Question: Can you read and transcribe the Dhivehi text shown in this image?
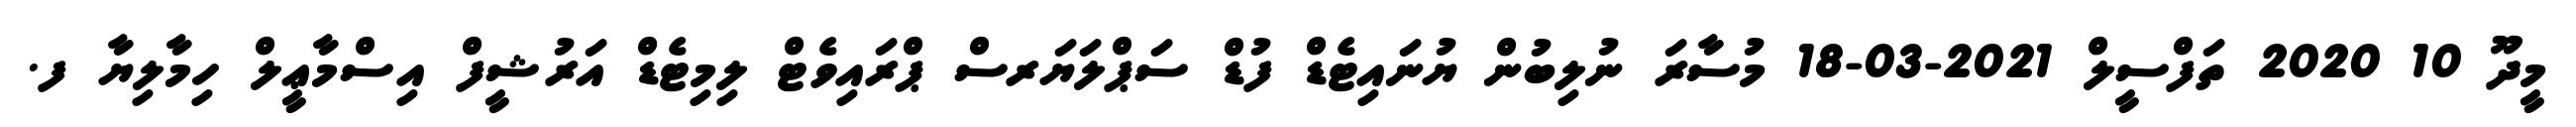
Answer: މީދޫ 10 2020 ތަފްސީލް 2021-03-18 މުސާރަ ނުލިބުން ޔުނައިޓެޑް ފުޑް ސަޕްލަޔަރސް ޕްރައިވެޓް ލިމިޓެޑް އަރުޝީފް އިސްމާޢީލް ހިމާލިޔާ ފ.